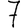
Digit: 7